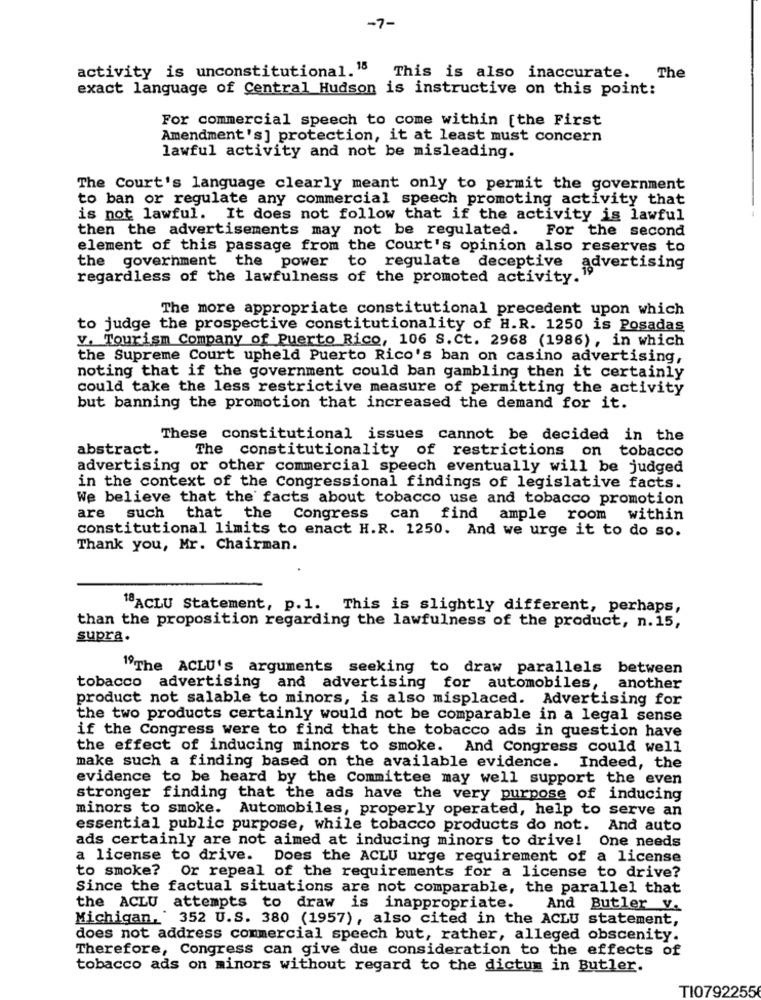
-7-
activity is unconstitutional." This is also inaccurate.
The
exact language of Central Hudson is instructive on this point:
For commercial speech to come within [the First
Amendment's] protection, it at least must concern
lawful activity and not be misleading.
The Court's language clearly meant only to permit the government
to ban or regulate any commercial speech promoting activity that
is not lawful. It does not follow that if the activity is lawful
then the advertisements may not be regulated. For the second
element of this passage from the Court's opinion also reserves to
the government the power to regulate deceptive
advertising
regardless of the lawfulness of the promoted activity.
The more appropriate constitutional precedent upon which
to judge the prospective constitutionality of H.R. 1250 is Posadas
V. Tourism Company of Puerto Rico, 106 S. Ct. 2968 (1986), in which
the Supreme Court upheld Puerto Rico's ban on casino advertising,
noting that if the government could ban gambling then it certainly
could take the less restrictive measure of permitting the activity
but banning the promotion that increased the demand for it.
These constitutional issues cannot be decided in the
abstract.
The constitutionality of restrictions on tobacco
advertising or other commercial speech eventually will be judged
in the context of the Congressional findings of legislative facts.
We believe that the facts about tobacco use and tobacco promotion
are such that the Congress can find ample room within
constitutional limits to enact H.R. 1250. And we urge it to do so.
Thank you, Mr. Chairman.
"ACLU Statement, p.1. This is slightly different, perhaps,
than the proposition regarding the lawfulness of the product, n. 15,
supra.
"The ACLU's arguments seeking to draw parallels between
tobacco advertising and advertising for automobiles, another
product not salable to minors, is also misplaced. Advertising for
the two products certainly would not be comparable in a legal sense
if the Congress were to find that the tobacco ads in question have
the effect of inducing minors to smoke. And Congress could well
make such a finding based on the available evidence. Indeed, the
evidence to be heard by the Committee may well support the even
stronger finding that the ads have the very purpose of inducing
minors to smoke. Automobiles, properly operated, help to serve an
essential public purpose, while tobacco products do not. And auto
ads certainly are not aimed at inducing minors to drive! One needs
a license to drive. Does the ACLU urge requirement of a license
to smoke? Or repeal of the requirements for a license to drive?
Since the factual situations are not comparable, the parallel that
the ACLU attempts to draw is inappropriate.
And Butler V.
Michigan. 352 U.S. 380 (1957), also cited in the ACLU statement,
does not address commercial speech but, rather, alleged obscenity.
Therefore, Congress can give due consideration to the effects of
tobacco ads on minors without regard to the dictum in Butler.
TI0792255